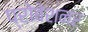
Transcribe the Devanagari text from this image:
प्रोबेशनर